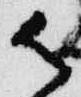
御